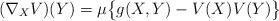
LaTeX: \begin{align*}(\nabla_{X}V)(Y)=\mu\bigl\{g(X,Y)-V(X)V(Y)\bigr\}\end{align*}